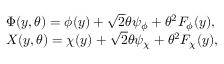
\begin{array} { l } { { \Phi ( y , \theta ) = \phi ( y ) + \sqrt { 2 } \theta \psi _ { \phi } + \theta ^ { 2 } F _ { \phi } ( y ) , } } \\ { { X ( y , \theta ) = \chi ( y ) + \sqrt { 2 } \theta \psi _ { \chi } + \theta ^ { 2 } F _ { \chi } ( y ) , } } \end{array}